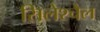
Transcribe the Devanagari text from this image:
सिलेश्चैल